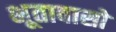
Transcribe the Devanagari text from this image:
भूतावासो